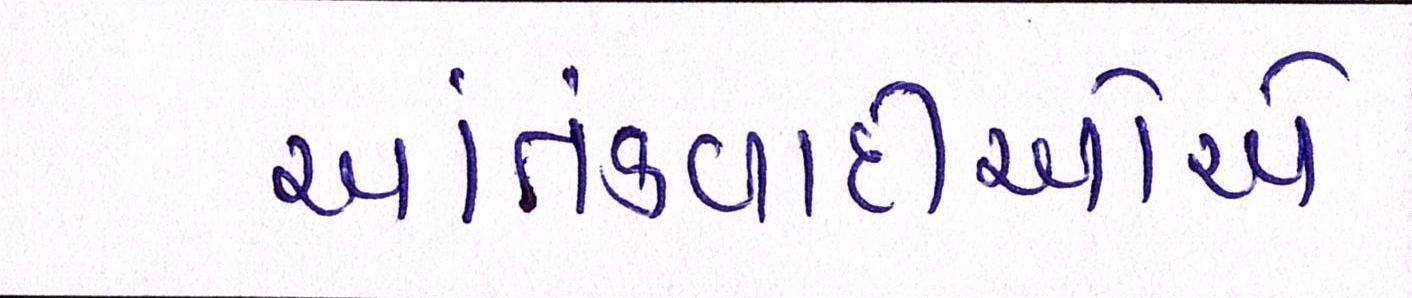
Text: આતંકવાદીઓેએ